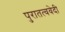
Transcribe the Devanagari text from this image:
पुरातत्ववेदी